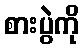
စားပွဲကို